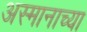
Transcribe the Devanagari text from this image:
अस्मानाच्या